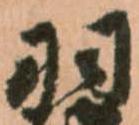
羽